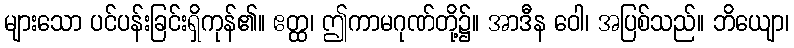
များသော ပင်ပန်းခြင်းရှိကုန်၏။ ဧတ္ထ၊ ဤကာမဂုဏ်တို့၌။ အာဒီန ဝေါ၊ အပြစ်သည်။ ဘိယျော၊